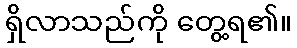
ရှိလာသည်ကို တွေ့ရ၏။